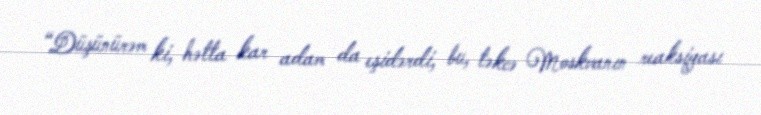
“Düşünürəm ki, hətta kar adam da eşidərdi, bu, təkcə Moskvanın reaksiyası